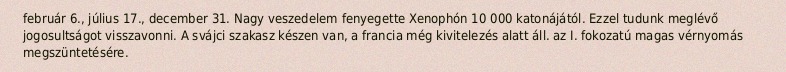
február 6., július 17., december 31. Nagy veszedelem fenyegette Xenophón 10 000 katonájától. Ezzel tudunk meglévő jogosultságot visszavonni. A svájci szakasz készen van, a francia még kivitelezés alatt áll. az I. fokozatú magas vérnyomás megszüntetésére.